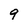
Character: 9